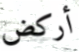
أركض